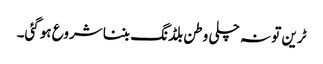
ٹرین تو نہ چلی وطن بلڈنگ بننا شروع ہوگئی۔